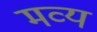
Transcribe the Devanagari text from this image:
मव्य